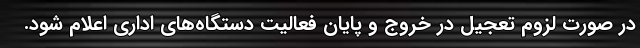
در صورت لزوم تعجیل در خروج و پایان فعالیت دستگاه‌های اداری اعلام شود.